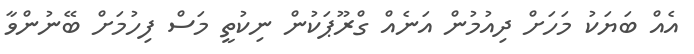
އެއް ބަޔަކު މަހަށް ދިއުމުން އަނެއް ގްރޫޕަކުން ނިކުތީ މަސް ފިހުމަށް ބޭނުންވާ